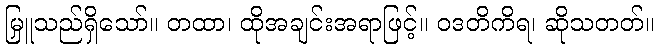
မြှူသည်ရှိသော်။ တထာ၊ ထိုအချင်းအရာဖြင့်။ ဝဒတိကိရ၊ ဆိုသတတ်။